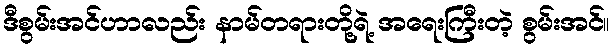
ဒီစွမ်းအင်ဟာလည်း နာမ်တရားတို့ရဲ့ အရေးကြီးတဲ့ စွမ်းအင်။